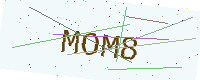
Text: MOM8